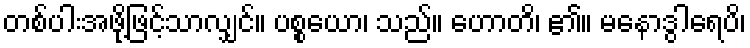
တစ်ပါးအဖို့ဖြင့်သာလျှင်။ ပစ္စယော၊ သည်။ ဟောတိ၊ ၏။ မနောဒွါရေပိ၊